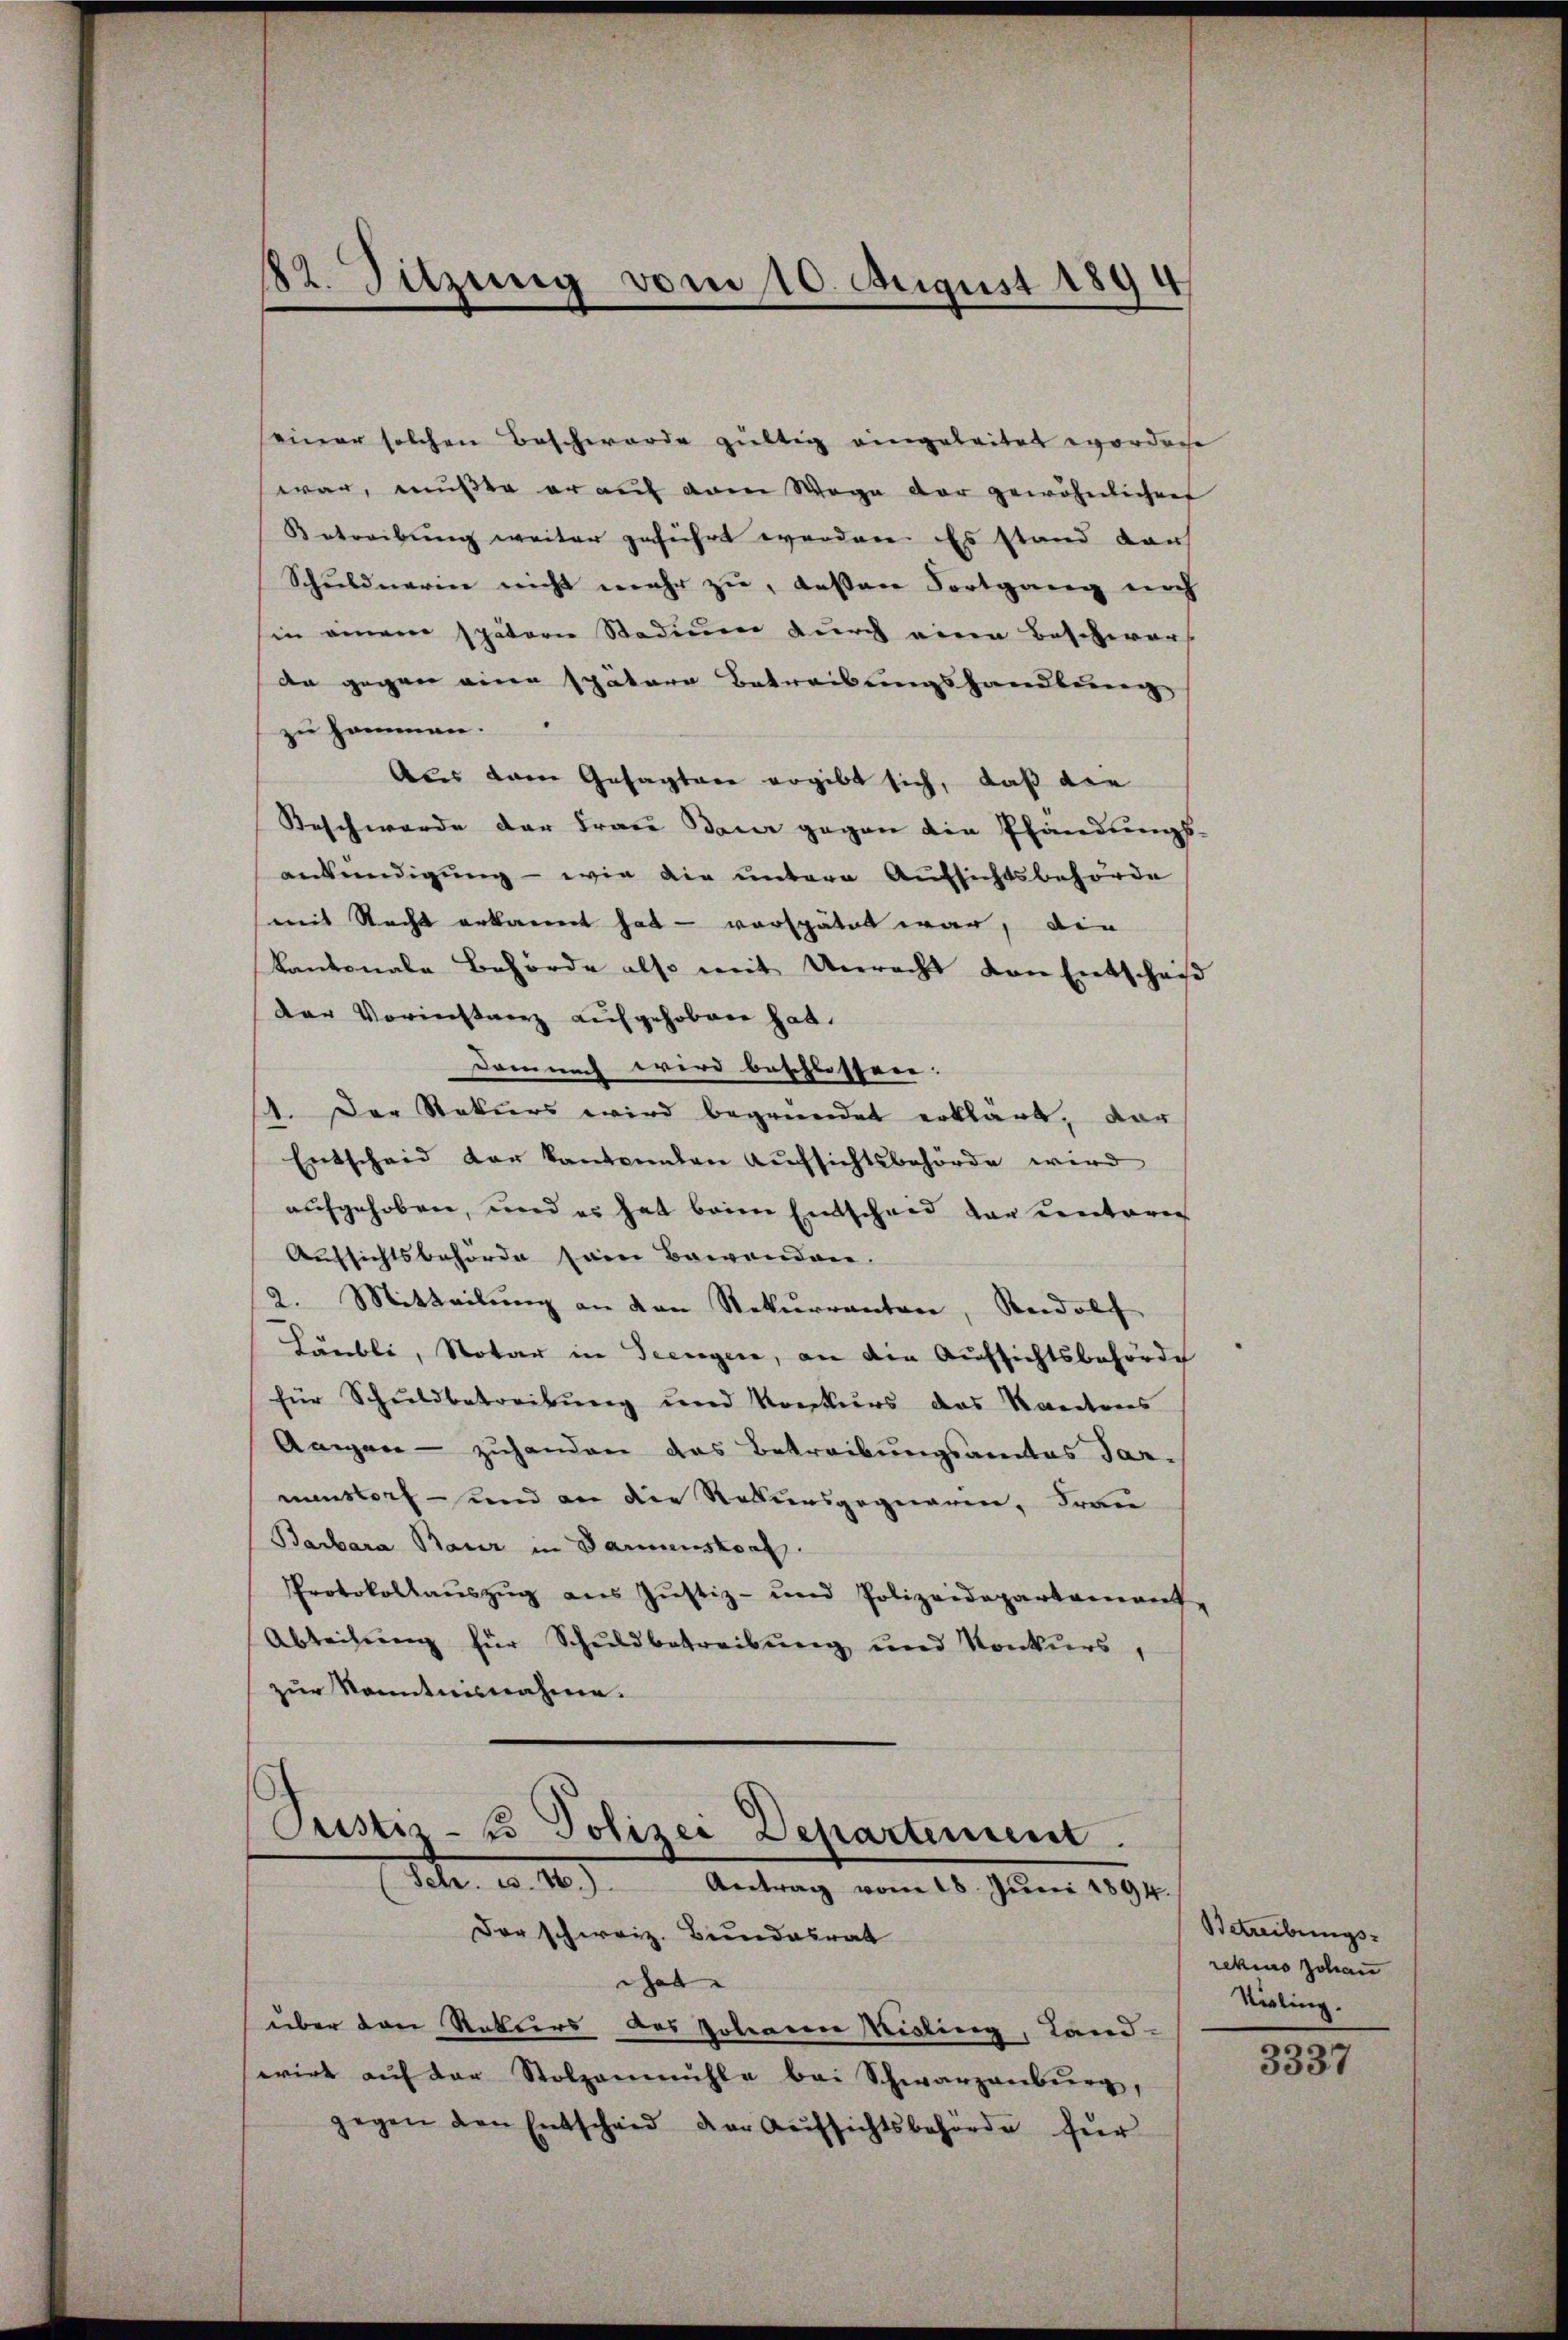
42. Sitzung vom 10. August 1894

einer solchen Beschwerde gültig eingeleitet worden
war, mußte er auf dem Wege der gewöhnlichen
Betreibung weiter geführt worden. Es stand darf
Schuldnerin nicht mehr zu, deßen Fortgang auch
in einem spätern Stadium durch eine Beschwers
da gegen einen spätere Betreibungshandlung
zu hommen.
Aus dem Gesagten ergibt sich, daß die
Beschwerde der Frau dan gegen die Pfändungs-
enkündigung - wie die untere Aufsichtsbehörde
mit Nacht erkannt hat – verspätet war, die
kantonale Behörde also mit Unrecht den Entschei
der Vorinstanz aufgehoben hat.
Demnach wird beschlossen.
1. Der Rekurs wird begründet erklärt, dar
Entscheid der kantonalen Aufsichtsbehörde wird
aufgehoben, und es hat beim Entscheid der unterer
Aufsichtsbehörde sein Bewandere.
2. Mitteilung an von Rekurranton, Rudolf
Läubli, Notar in Seengere, an die Aufsichtsbehörde
für Schuldbetreibung und Konkurs das Kantons
Angen - zuhanden das Betreibungsamtes Sar-
menstorf - und an die Rekursgegneren, Frau
Barbara Baur in Bannenskonf
Protokollaŭszŭg aŭs Jŭstiz- und Polizeidepartament,
Abteilŭng für Schuldbetreibung und Konkurs,
zŭr Kenntnisnahme.

hat
über den Rekurs des Johanen Misling, Land-
erirt auf der Stolzenmühle bei Schwarzenburg,
gegen den Entscheid der Aufsichtsbehörde für

Justiz-Co Polizei Departement
(Sehr es 16.) Antrag vom 18. Jŭni 1894.
Der schweiz. Bundesrat

Betreibungsrekurs Johann
Nisling.

3337